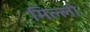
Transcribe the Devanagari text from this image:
मिल्लो